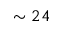
\sim 2 4